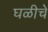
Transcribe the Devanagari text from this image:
घळीचे